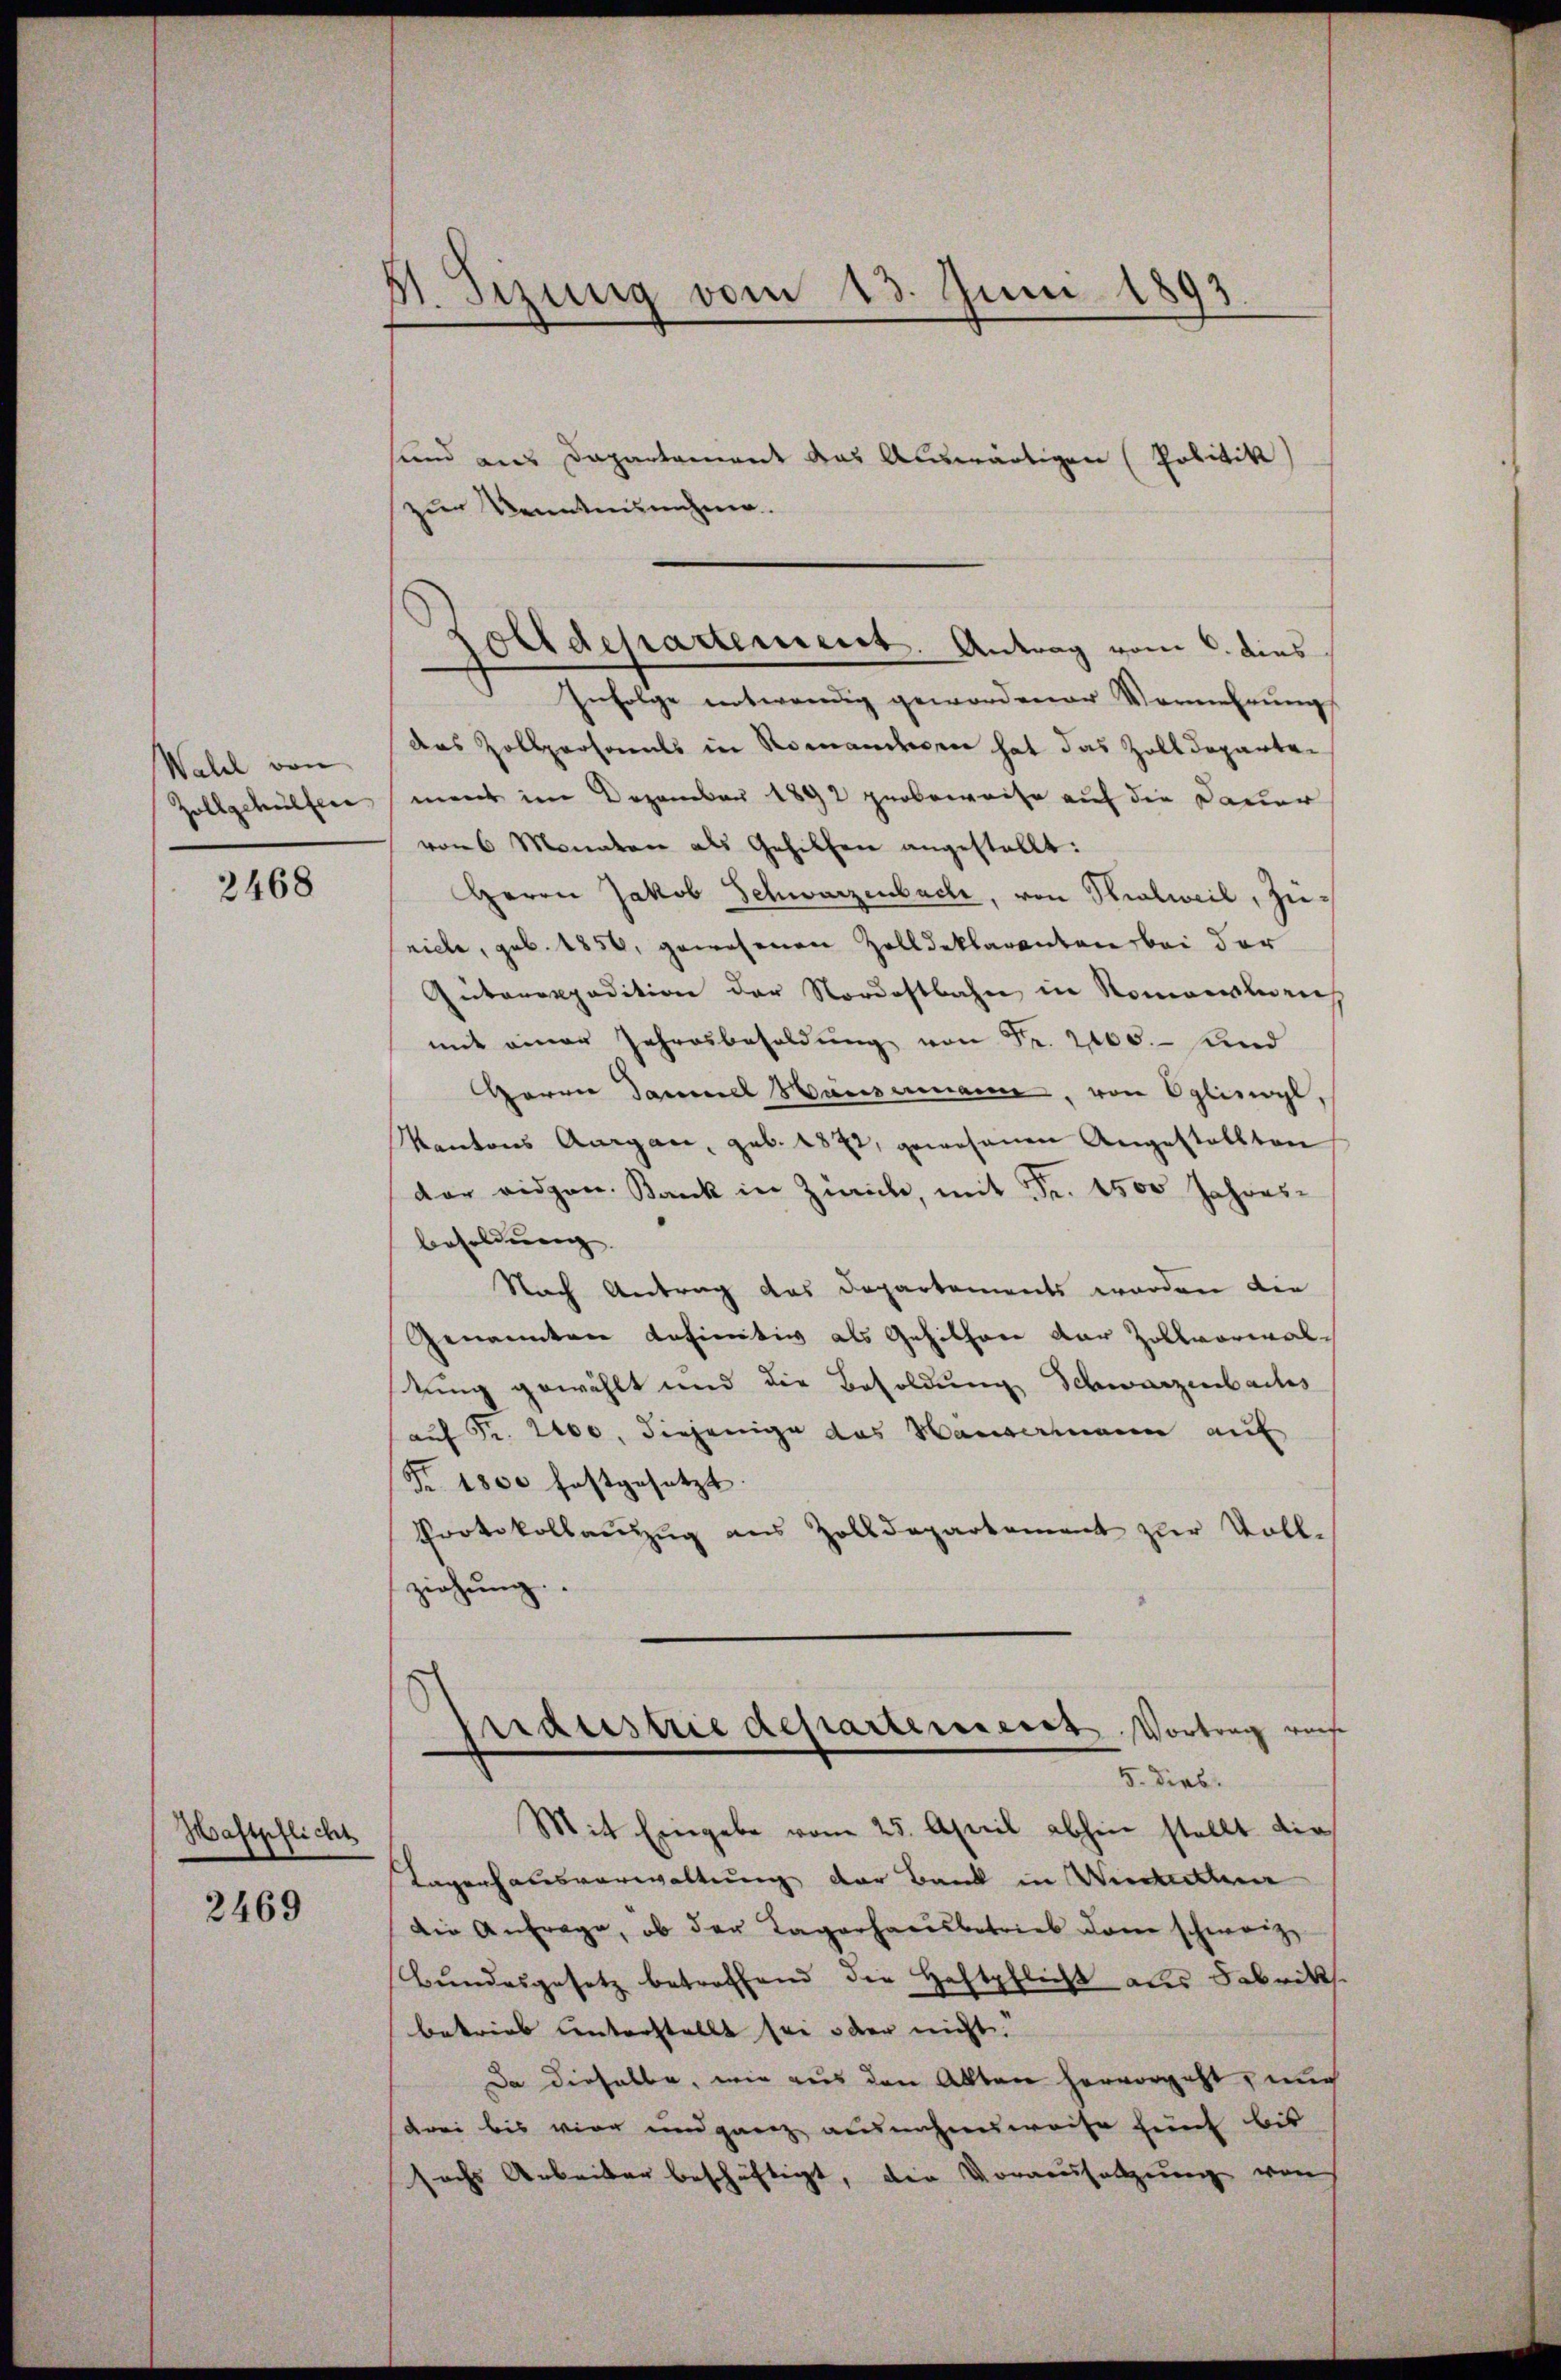
Wahl von
zollgehülfen

2468

Haftpflicht

2469

Sizung vom 13. Juni 1893

sund aus Departament das Auswärtigen (Politik)
zur Kenntnisnahme.
Infolge notwendig gewordener Vermehrŭng
das Zollparsames in Romanderen hat das Zolldeparten
ment im Dezember 1892 grobeweise auf die Dauer
von 6 Monaten als Gehilfen angestellt:
Herrn Jakob Schwarzenbach, von Rialweil, Zuriche, geb. 1850, gewesenen Zolldeklarenten bei der
Autarexpedition der Nordostbahn in Romonialien
mit einer Jahresbesoldung von Fr. 2000.- Kind
Herrn Dammel Hausmann, von Egliswyl,
Kantons Aargau, geb. 1872, gewesenen Angestellten
der eidgen. Bank in Zürich, mit Fr. 1500 Jahres-
Besoldung.
Nach Antrag das Departements worden die
Genannten definitiv als Gehither dar Zollvorwaltung gewählt und die Besoldung Schwarzenbachs
auf Fr. 2000, diejenige das Hausermann auf
R. 1800 festgesetzt.
Protokollauszug aus Zolldepartement zur Voll-
ziehung.
Endustrie departement Vortrag vers
5. Dieb.
Mit Eingabe vom 25. April abhin stellt die
Tagenhausverwaltung der Bank in Unter
Die Anfrage, ob der Lagerhausbetrieb dem schweiz,
Bundesgesetz betreffend die Haftpflich als Fabriks.
betrieb unterstellt sei oder nicht.
Da dieselbe, wie aus den Alten hervorgeht, und
drei bis vier und ganz ausnahmsweise fünf bis
sechs Arbeiter beschäftigt, die Voraussetzung was

Zolldepartement. Antrag vom 6. dies